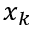
x _ { k }